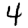
Digit: 4